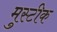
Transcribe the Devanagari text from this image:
मुस्टीक